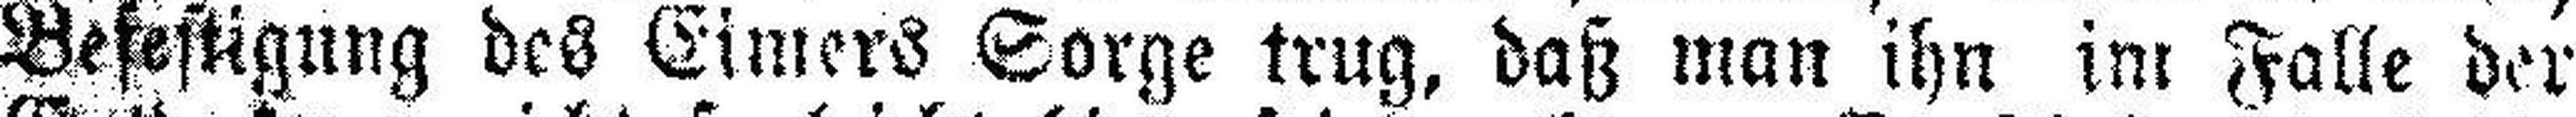
Befestigung des Eimers Sorge trug, daß man ihn im Falle der